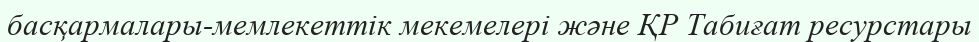
басқармалары-мемлекеттік мекемелері және ҚР Табиғат ресурстары